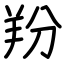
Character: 羒